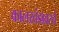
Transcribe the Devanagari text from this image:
कालखंडावरचे